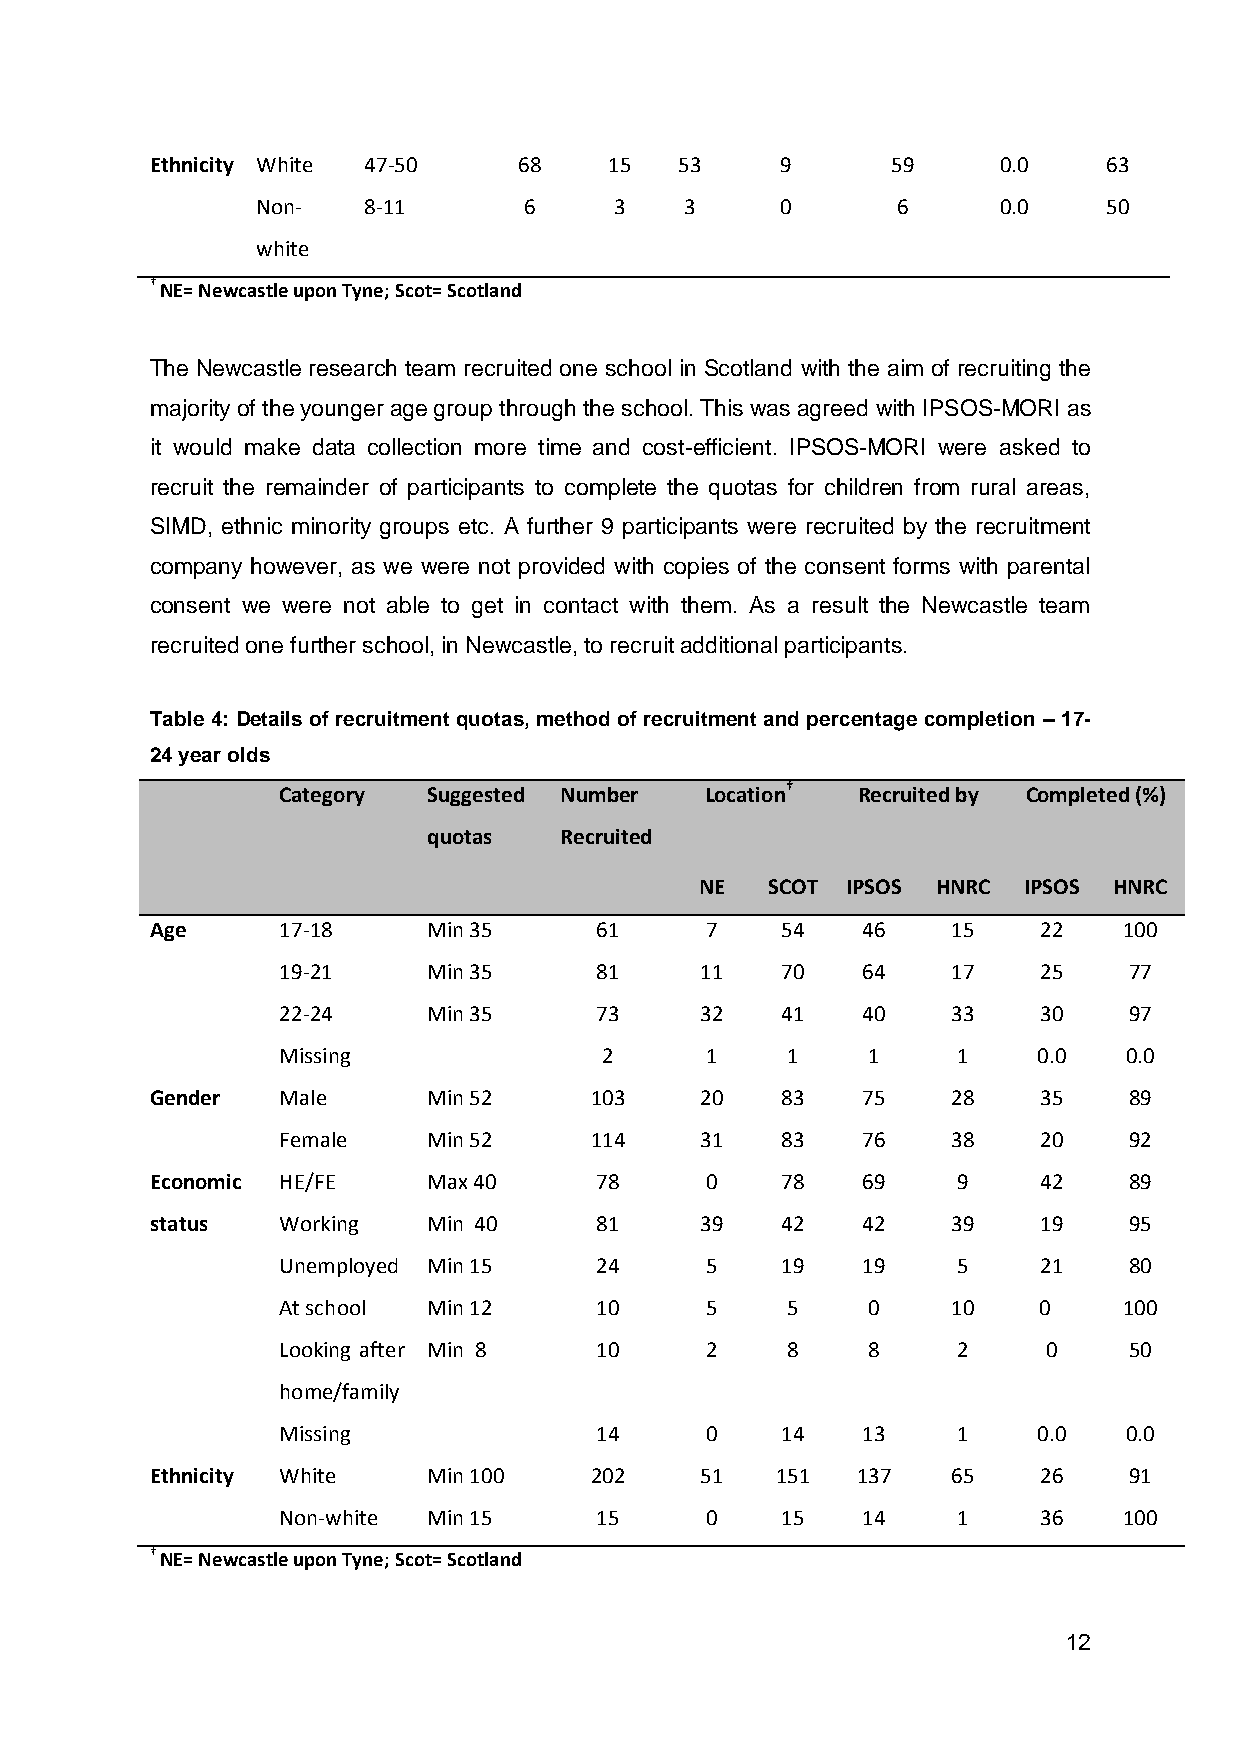
Ethnicity White 47-50   68    15   53     9      59     0.0    63
 Non-   8-11       6     3   3      0      6      0.0    50
 white
 † NE= Newcastle upon Tyne; Scot= Scotland
 The Newcastle research team recruited one school in Scotland with the aim of recruiting the
 majority of the younger age group through the school. This was agreed with IPSOS-MORI as
 it would make data collection more time and cost-efficient. IPSOS-MORI were asked to
 recruit the remainder of participants to complete the quotas for children from rural areas,
 SIMD, ethnic minority groups etc. A further 9 participants were recruited by the recruitment
 company however, as we were not provided with copies of the consent forms with parental
 consent we were not able to get in contact with them. As a result the Newcastle team
 recruited one further school, in Newcastle, to recruit additional participants.
 Table 4: Details of recruitment quotas, method of recruitment and percentage completion – 17-
 24 year olds
 Category  Suggested Number   Location† Recruited by Completed (%)
 quotas   Recruited
 NE   SCOT IPSOS HNRC  IPSOS HNRC
 Age     17-18     Min 35     61      7    54   46    15    22   100
 19-21     Min 35     81     11    70   64    17    25    77
 22-24     Min 35     73     32    41   40    33    30    97
 Missing               2      1    1    1     1     0.0  0.0
 Gender  Male      Min 52     103    20    83   75    28    35    89
 Female    Min 52     114    31    83   76    38    20    92
 Economic HE/FE    Max 40     78      0    78   69    9     42    89
 status  Working   Min 40     81     39    42   42    39    19    95
 Unemployed Min 15    24      5    19   19    5     21    80
 At school Min 12     10      5    5    0     10    0    100
 Looking after Min 8  10      2    8    8     2     0     50
 home/family
 Missing              14      0    14   13    1     0.0  0.0
 Ethnicity White   Min 100    202    51   151   137   65    26    91
 Non-white Min 15     15      0    15   14    1     36   100
 † NE= Newcastle upon Tyne; Scot= Scotland
 12